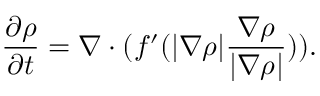
\frac { \partial \rho } { \partial t } = \nabla \cdot ( f ^ { \prime } ( | \nabla \rho | \frac { \nabla \rho } { | \nabla \rho | } ) ) .